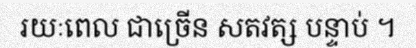
រយៈពេល ជាច្រើន សតវត្ស បន្ទាប់ ។